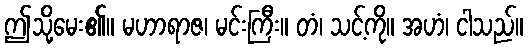
ဤသို့မေး၏။ မဟာရာဇ၊ မင်းကြီး။ တံ၊ သင့်ကို။ အဟံ၊ ငါသည်။